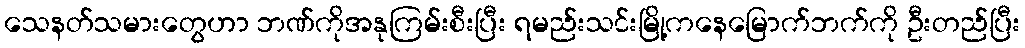
သေနတ်သမားတွေဟာ ဘဏ်ကိုအနုကြမ်းစီးပြီး ရမည်းသင်းမြို့ကနေမြောက်ဘက်ကို ဦးတည်ပြီး